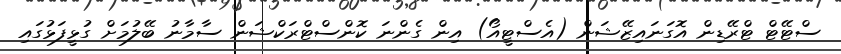
ސްޓޭޓް ޓްރޭޑިން އޮގަނައިޒޭޝަން (އެސްޓީއޯ) އިން ގެންނަ ކޮންސްޓްރަކްޝަން ސާމާނު ބޭލުމަށް ގުޅީފަޅުގައި